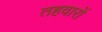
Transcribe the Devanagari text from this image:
तहवारों